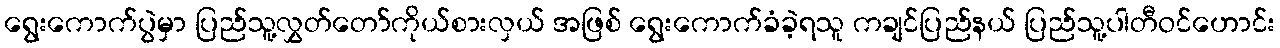
ရွေးကောက်ပွဲမှာ ပြည်သူ့လွှတ်တော်ကိုယ်စားလှယ် အဖြစ် ရွေးကောက်ခံခဲ့ရသူ ကချင်ပြည်နယ် ပြည်သူ့ပါတီဝင်ဟောင်း